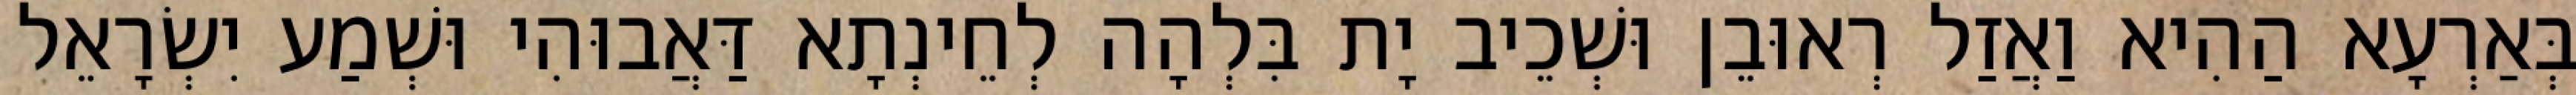
בְּאַרְעָא הַהִיא וַאֲזַל רְאוּבֵן וּשְׁכֵיב יָת בִּלְהָה לְחֵינְתָא דַּאֲבוּהִי וּשְׁמַע יִשְׂרָאֵל